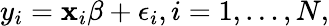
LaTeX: y_{i}=\mathbf{x}_{i}\beta+\epsilon_{i},i=1,\ldots,N,